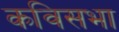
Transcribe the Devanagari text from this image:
कविसभा